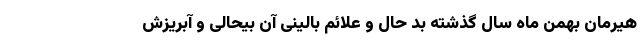
هیرمان بهمن ماه سال گذشته بد حال و علائم بالینی آن بیحالی و آبریزش